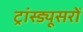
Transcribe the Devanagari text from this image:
ट्रांस्ड्यूसरों